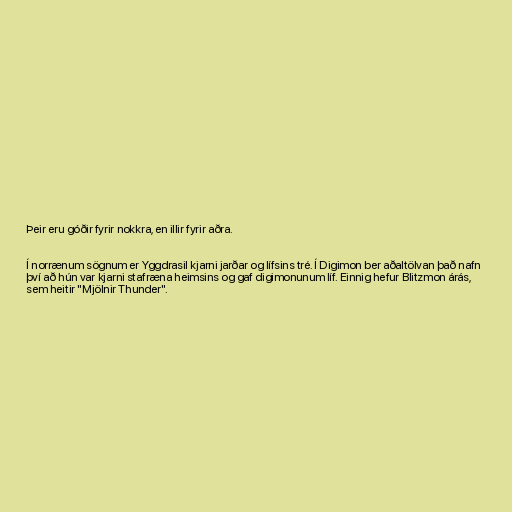
Þeir eru góðir fyrir nokkra, en illir fyrir aðra.

Í norrænum sögnum er Yggdrasil kjarni jarðar og lífsins tré. Í Digimon ber aðaltölvan það nafn
því að hún var kjarni stafræna heimsins og gaf digimonunum líf. Einnig hefur Blitzmon árás,
sem heitir "Mjölnir Thunder".